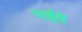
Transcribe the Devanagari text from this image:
पाईपें